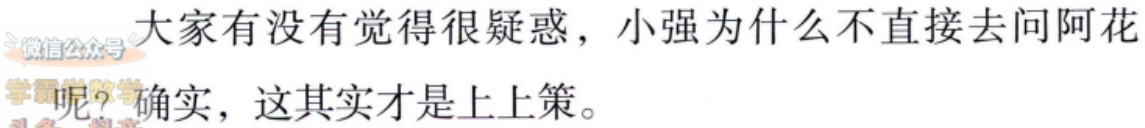
大家有没有觉得很疑惑，小强为什么不直接去问阿花呢？确实，这其实才是上上策。